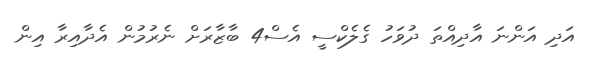
އަދި އަންނަ އާދިއްތަ ދުވަހު ގެލެކްސީ އެސް4 ބާޒާރަށް ނެރުމުން އެދާއިރާ އިން